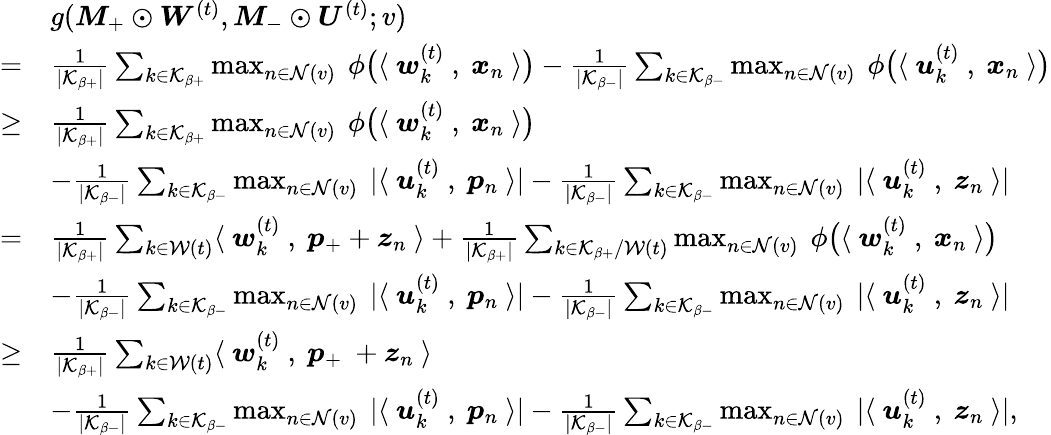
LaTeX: \begin{array}{rl}&{g({\boldsymbol M}_{+}\odot{\boldsymbol W}^{(t)},{\boldsymbol M}_{-}\odot{\boldsymbol U}^{(t)};v)}\\ {=}&{\frac{1}{|\mathcal{K}_{\beta+}|}\sum_{k\in\mathcal{K}_{\beta+}}\operatorname*{max}_{n\in\mathcal{N}(v)}~\phi\big(\langle~{\boldsymbol w}_{k}^{(t)}~,~{\boldsymbol x}_{n}~\rangle\big)-\frac{1}{|\mathcal{K}_{\beta-}|}\sum_{k\in\mathcal{K}_{\beta-}}\operatorname*{max}_{n\in\mathcal{N}(v)}~\phi\big(\langle~{\boldsymbol u}_{k}^{(t)}~,~{\boldsymbol x}_{n}~\rangle\big)}\\ {\ge}&{\frac{1}{|\mathcal{K}_{\beta+}|}\sum_{k\in\mathcal{K}_{\beta+}}\operatorname*{max}_{n\in\mathcal{N}(v)}~\phi\big(\langle~{\boldsymbol w}_{k}^{(t)}~,~{\boldsymbol x}_{n}~\rangle\big)}\\ &{-\frac{1}{|\mathcal{K}_{\beta-}|}\sum_{k\in\mathcal{K}_{\beta-}}\operatorname*{max}_{n\in\mathcal{N}(v)}~|\langle~{\boldsymbol u}_{k}^{(t)}~,~{\boldsymbol p}_{n}~\rangle|-\frac{1}{|\mathcal{K}_{\beta-}|}\sum_{k\in\mathcal{K}_{\beta-}}\operatorname*{max}_{n\in\mathcal{N}(v)}~|\langle~{\boldsymbol u}_{k}^{(t)}~,~{\boldsymbol z}_{n}~\rangle|}\\ {=}&{\frac{1}{|\mathcal{K}_{\beta+}|}\sum_{k\in\mathcal{W}(t)}\langle~{\boldsymbol w}_{k}^{(t)}~,~{\boldsymbol p}_{+}+{\boldsymbol z}_{n}~\rangle+\frac{1}{|\mathcal{K}_{\beta+}|}\sum_{k\in\mathcal{K}_{\beta+}/\mathcal{W}(t)}\operatorname*{max}_{n\in\mathcal{N}(v)}~\phi\big(\langle~{\boldsymbol w}_{k}^{(t)}~,~{\boldsymbol x}_{n}~\rangle\big)}\\ &{-\frac{1}{|\mathcal{K}_{\beta-}|}\sum_{k\in\mathcal{K}_{\beta-}}\operatorname*{max}_{n\in\mathcal{N}(v)}~|\langle~{\boldsymbol u}_{k}^{(t)}~,~{\boldsymbol p}_{n}~\rangle|-\frac{1}{|\mathcal{K}_{\beta-}|}\sum_{k\in\mathcal{K}_{\beta-}}\operatorname*{max}_{n\in\mathcal{N}(v)}~|\langle~{\boldsymbol u}_{k}^{(t)}~,~{\boldsymbol z}_{n}~\rangle|}\\ {\ge}&{\frac{1}{|\mathcal{K}_{\beta+}|}\sum_{k\in\mathcal{W}(t)}\langle~{\boldsymbol w}_{k}^{(t)}~,~{\boldsymbol p}_{+}~+{\boldsymbol z}_{n}~\rangle}\\ &{-\frac{1}{|\mathcal{K}_{\beta-}|}\sum_{k\in\mathcal{K}_{\beta-}}\operatorname*{max}_{n\in\mathcal{N}(v)}~|\langle~{\boldsymbol u}_{k}^{(t)}~,~{\boldsymbol p}_{n}~\rangle|-\frac{1}{|\mathcal{K}_{\beta-}|}\sum_{k\in\mathcal{K}_{\beta-}}\operatorname*{max}_{n\in\mathcal{N}(v)}~|\langle~{\boldsymbol u}_{k}^{(t)}~,~{\boldsymbol z}_{n}~\rangle|,}\end{array}